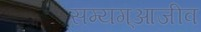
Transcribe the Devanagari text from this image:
सम्यग्आजीव